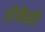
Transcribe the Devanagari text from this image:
तोकेही